Sanitation, dispensaries and jails vaccination Rajputana 1922-1927 - 1922-1927
Year: 1922
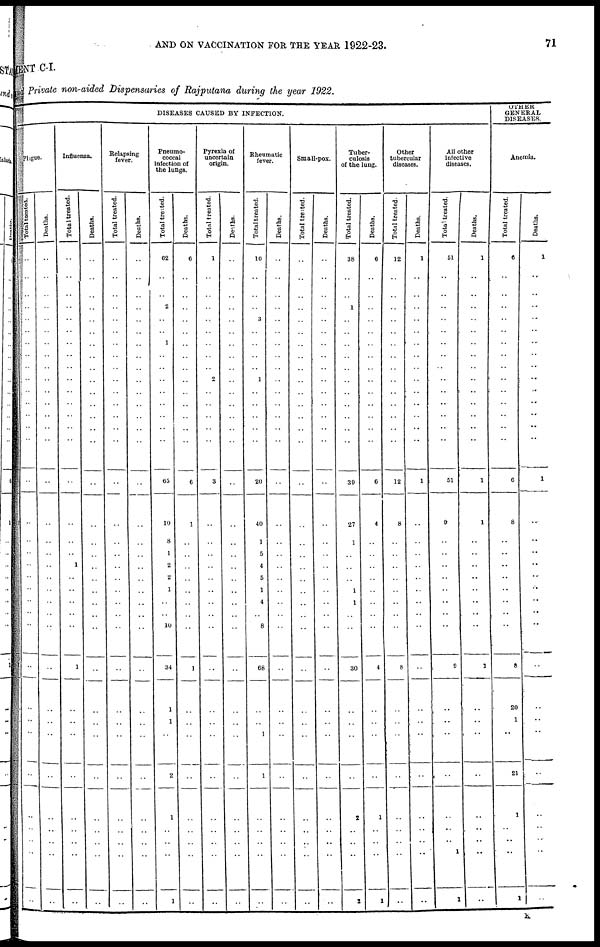
AND ON VACCINATION FOR THE YEAR 1922-23.
71
MENT C-I.
and Private non-aided Dispensaries of Rajputana during the year 1922.
DISEASES CAUSED BY INFECTION.
Plague.
Total treated.
..
..
..
..
..
..
..
..
..
..
..
..
..
..
..
..
..
..
..
..
..
..
..
..
..
..
..
..
..
..
..
..
..
..
..
Deaths.
..
..
..
..
..
..
..
..
..
..
..
..
..
..
..
..
..
..
..
..
..
..
..
..
..
..
..
..
..
..
..
..
..
..
..
Influenza.
Total treated.
..
..
..
..
..
..
..
..
..
..
..
..
..
..
..
..
..
..
..
1
..
..
..
..
..
1
..
..
..
..
..
..
..
..
..
Deaths.
..
..
..
..
..
..
..
..
..
..
..
..
..
..
..
..
..
..
..
..
..
..
..
..
..
..
..
..
..
..
..
..
..
..
..
Relapsing
fever.
Total treated.
..
..
..
..
..
..
..
..
..
..
..
..
..
..
..
..
..
..
..
..
..
..
..
..
..
..
..
..
..
..
..
..
..
..
..
Deaths.
..
..
..
..
..
..
..
..
..
..
..
..
..
..
..
..
..
..
..
..
..
..
..
..
..
..
..
..
..
..
..
..
..
..
..
Pneumo-
coccal
infection of
the lungs.
Total treated.
62
..
..
2
..
..
1
..
..
..
..
..
..
..
..
65
10
8
1
2
2
1
..
..
10
34
1
1
..
2
1
..
..
..
1
Deaths.
6
..
..
..
..
..
..
..
..
..
..
..
..
..
..
6
1
..
..
..
..
..
..
..
..
1
..
..
..
..
..
..
..
..
..
Pyrexia of
uncertain
origin.
Total treated.
1
..
..
..
..
..
..
..
..
2
..
..
..
..
..
3
..
..
..
..
..
..
..
..
..
..
..
..
..
..
..
..
..
..
..
Deaths.
..
..
..
..
..
..
..
..
..
..
..
..
..
..
..
..
..
..
..
..
..
..
..
..
..
..
..
..
..
..
..
..
..
..
..
Rheumatic
fever.
Total treated.
10
..
..
..
3
..
..
..
..
1
..
..
..
..
..
20
40
1
5
4
5
1
4
..
8
68
..
..
1
1
..
..
..
..
..
Deaths.
..
..
..
..
..
..
..
..
..
..
..
..
..
..
..
..
..
..
..
..
..
..
..
..
..
..
..
..
..
..
..
..
..
..
..
Small-pox.
Total treated.
..
..
..
..
..
..
..
..
..
..
..
..
..
..
..
..
..
..
..
..
..
..
..
..
..
..
..
..
..
..
..
..
..
..
..
Deaths.
..
..
..
..
..
..
..
..
..
..
..
..
..
..
..
..
..
..
..
..
..
..
..
..
..
..
..
..
..
..
..
..
..
..
..
Tuber-
culosis
of the lung.
Total treated.
38
..
..
1
..
..
..
..
..
..
..
..
..
..
..
39
27
1
..
..
..
1
1
..
..
30
..
..
..
..
2
..
..
..
2
Deaths.
6
..
..
..
..
..
..
..
..
..
..
..
..
..
..
6
4
..
..
..
..
..
..
..
..
4
..
..
..
..
1
..
..
..
1
Other
tubercular
diseases.
Total treated.
12
..
..
..
..
..
..
..
..
..
..
..
..
..
..
12
8
..
..
..
..
..
..
..
..
8
..
..
..
..
..
..
..
..
..
Deaths.
1
..
..
..
..
..
..
..
..
..
..
..
..
..
..
1
..
..
..
..
..
..
..
..
..
..
..
..
..
..
..
..
..
..
..
All other
infective
diseases.
Total treated.
51
..
..
..
..
..
..
..
..
..
..
..
..
..
..
51
9
..
..
..
..
..
..
..
..
9
..
..
..
..
..
..
..
1
1
Deaths.
1
..
..
..
..
..
..
..
..
..
..
..
..
..
..
1
1
..
..
..
..
..
..
..
..
1
..
..
..
..
..
..
..
..
..
GENERAL
DISEASES.
Anemia.
Total treated.
6
..
..
..
..
..
..
..
..
..
..
..
..
..
..
6
8
..
..
..
..
..
..
..
..
8
20
1
..
21
1
..
..
..
1
Deaths.
1
..
..
..
..
..
..
..
..
..
..
..
..
..
..
1
..
..
..
..
..
..
..
..
..
..
..
..
..
..
..
..
..
..
..
K